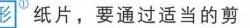
形 纸片，要通过适当的剪